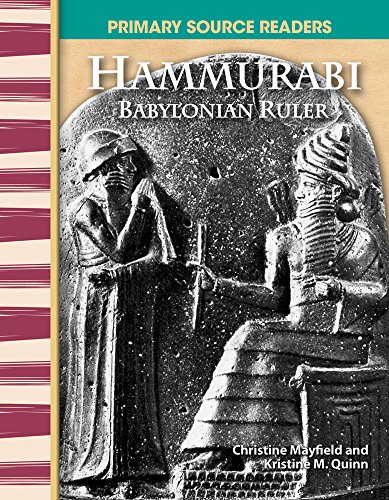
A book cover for Hammurabi: Babylonian Ruler: World Cultures Through Time (Primary Source Readers); Christine Mayfield; History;